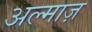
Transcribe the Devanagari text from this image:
अल्माज़